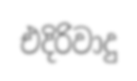
එදිරිවාදු